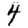
Digit: 4